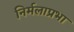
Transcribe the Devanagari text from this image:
निर्मलाप्रभा